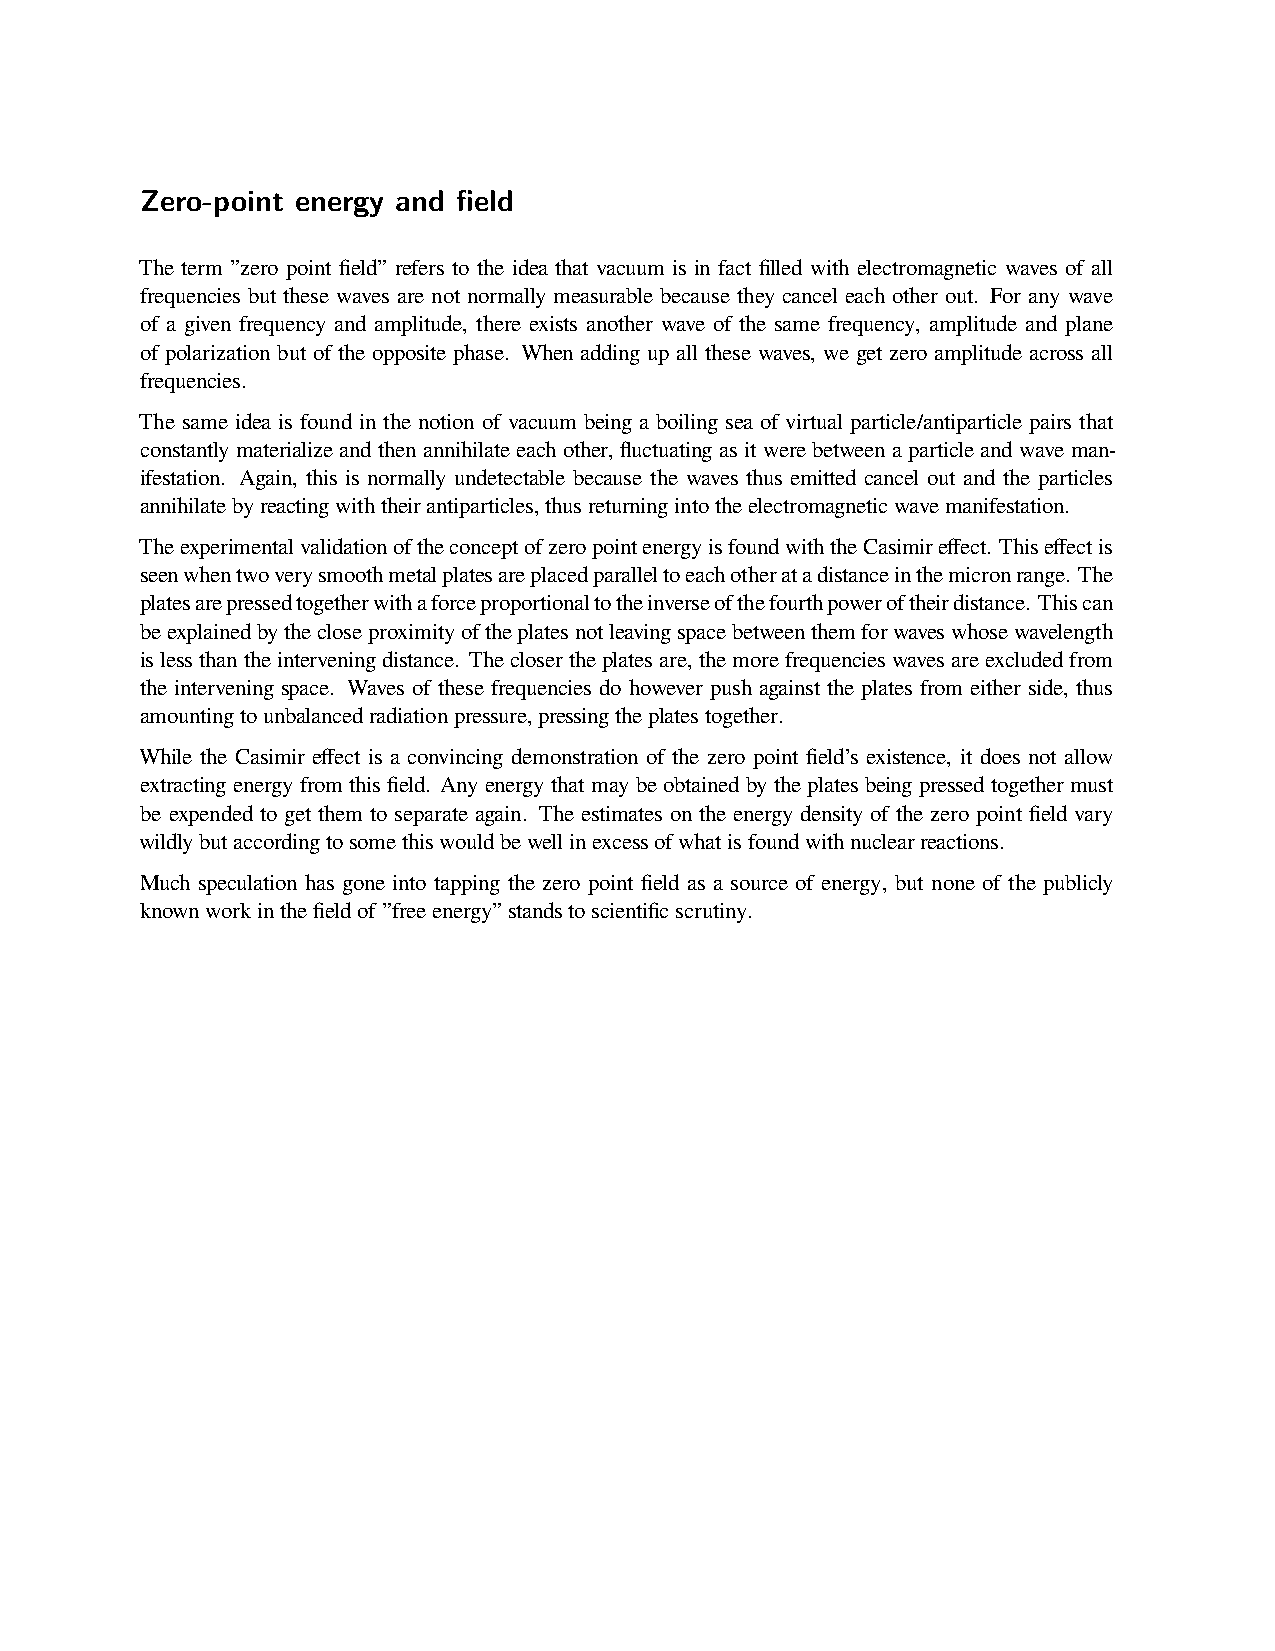
Zero-point energy and field
 The term ”zero point field” refers to the idea that vacuum is in fact filled with electromagnetic waves of all
 frequencies but these waves are not normally measurable because they cancel each other out. For any wave
 of a given frequency and amplitude, there exists another wave of the same frequency, amplitude and plane
 of polarization but of the opposite phase. When adding up all these waves, we get zero amplitude across all
 frequencies.
 The same idea is found in the notion of vacuum being a boiling sea of virtual particle/antiparticle pairs that
 constantly materialize and then annihilate each other, fluctuating as it were between a particle and wave man-
 ifestation. Again, this is normally undetectable because the waves thus emitted cancel out and the particles
 annihilatebyreactingwiththeirantiparticles,thusreturningintotheelectromagneticwavemanifestation.
 TheexperimentalvalidationoftheconceptofzeropointenergyisfoundwiththeCasimireffect. Thiseffectis
 seenwhentwoverysmoothmetalplatesareplacedparalleltoeachotheratadistanceinthemicronrange. The
 platesarepressedtogetherwithaforceproportionaltotheinverseofthefourthpoweroftheirdistance. Thiscan
 beexplainedbythecloseproximityoftheplatesnotleavingspacebetweenthemforwaveswhosewavelength
 islessthantheinterveningdistance. Theclosertheplatesare,themorefrequencieswavesareexcludedfrom
 the intervening space. Waves of these frequencies do however push against the plates from either side, thus
 amountingtounbalancedradiationpressure,pressingtheplatestogether.
 While the Casimir effect is a convincing demonstration of the zero point field’s existence, it does not allow
 extracting energy fromthis field. Any energy thatmay be obtained bythe platesbeing pressedtogether must
 be expended to get them to separate again. The estimates on the energy density of the zero point field vary
 wildlybutaccordingtosomethiswouldbewellinexcessofwhatisfoundwithnuclearreactions.
 Much speculation has gone into tapping the zero point field as a source of energy, but none of the publicly
 knownworkinthefieldof”freeenergy”standstoscientificscrutiny.